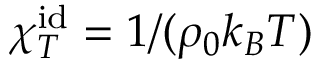
\chi _ { T } ^ { \mathrm { i d } } = 1 / ( \rho _ { 0 } k _ { B } T )